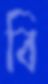
বি